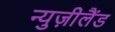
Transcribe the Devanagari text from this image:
न्युज़ीलैंड